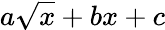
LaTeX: a\sqrt{x}+bx+c